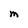
Character: M